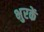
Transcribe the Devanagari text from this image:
भुरकें